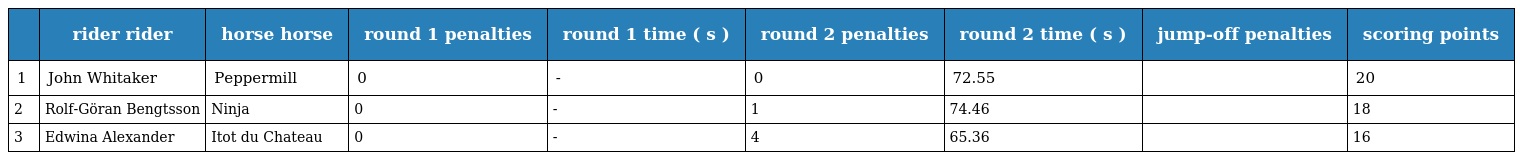
|  | rider rider | horse horse | round 1 penalties | round 1 time ( s ) | round 2 penalties | round 2 time ( s ) | jump-off penalties | scoring points |
 | --- | --- | --- | --- | --- | --- | --- | --- | --- |
 | 1 | John Whitaker | Peppermill | 0 | - | 0 | 72.55 |  | 20 |
 | 2 | Rolf-Göran Bengtsson | Ninja | 0 | - | 1 | 74.46 |  | 18 |
 | 3 | Edwina Alexander | Itot du Chateau | 0 | - | 4 | 65.36 |  | 16 |